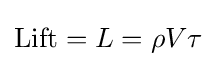
{\mbox{Lift}}=L=\rho V\tau